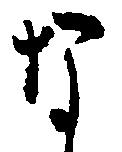
な